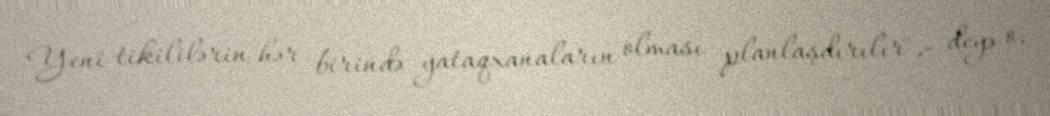
Yeni tikililərin hər birində yataqxanaların olması planlaşdırılır",- deyə o,